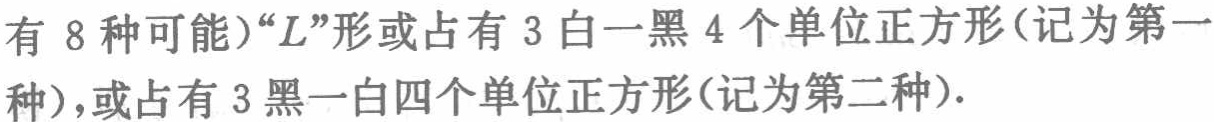
有 8 种可能）“L”形或占有 3 白一黑 4 个单位正方形(记为第一种)，或占有 3 黑一白四个单位正方形(记为第二种).